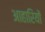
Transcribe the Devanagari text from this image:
आहारियों